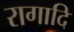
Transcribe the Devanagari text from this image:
रागादि